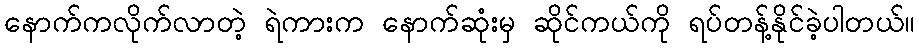
နောက်ကလိုက်လာတဲ့ ရဲကားက နောက်ဆုံးမှ ဆိုင်ကယ်ကို ရပ်တန့်နိုင်ခဲ့ပါတယ်။